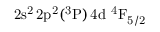
\mathrm { 2 s ^ { 2 } \, 2 p ^ { 2 } ( ^ { 3 } P ) \, 4 d ~ ^ { 4 } F _ { 5 / 2 } }